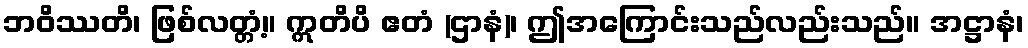
ဘဝိဿတိ၊ ဖြစ်လတ္တံ့။ ဣတိပိ ဧတံ (ဌာနံ)၊ ဤအကြောင်းသည်လည်းသည်။ အဋ္ဌာနံ၊